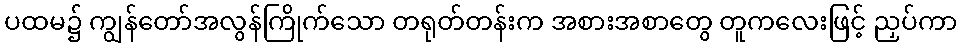
ပထမ၌ ကျွန်တော်အလွန်ကြိုက်သော တရုတ်တန်းက အစားအစာတွေ တူကလေးဖြင့် ညှပ်ကာ